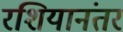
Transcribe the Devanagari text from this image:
रशियानंतर